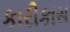
કારીકાસ